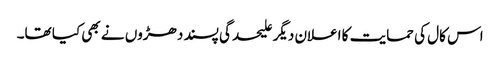
اس کال کی حمایت کا اعلان دیگر علیحدگی پسند دھڑوں نے بھی کیا تھا۔